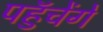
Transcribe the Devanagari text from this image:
पहुॅचेंगे